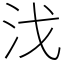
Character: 㳀